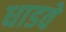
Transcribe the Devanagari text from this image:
धाडवे